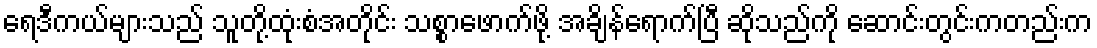
ရေဒီကယ်များသည် သူတို့ထုံးစံအတိုင်း သစ္စာဖောက်ဖို့ အချိန်ရောက်ပြီ ဆိုသည်ကို ဆောင်းတွင်းကတည်းက